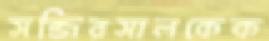
সব্জিরসালকেক